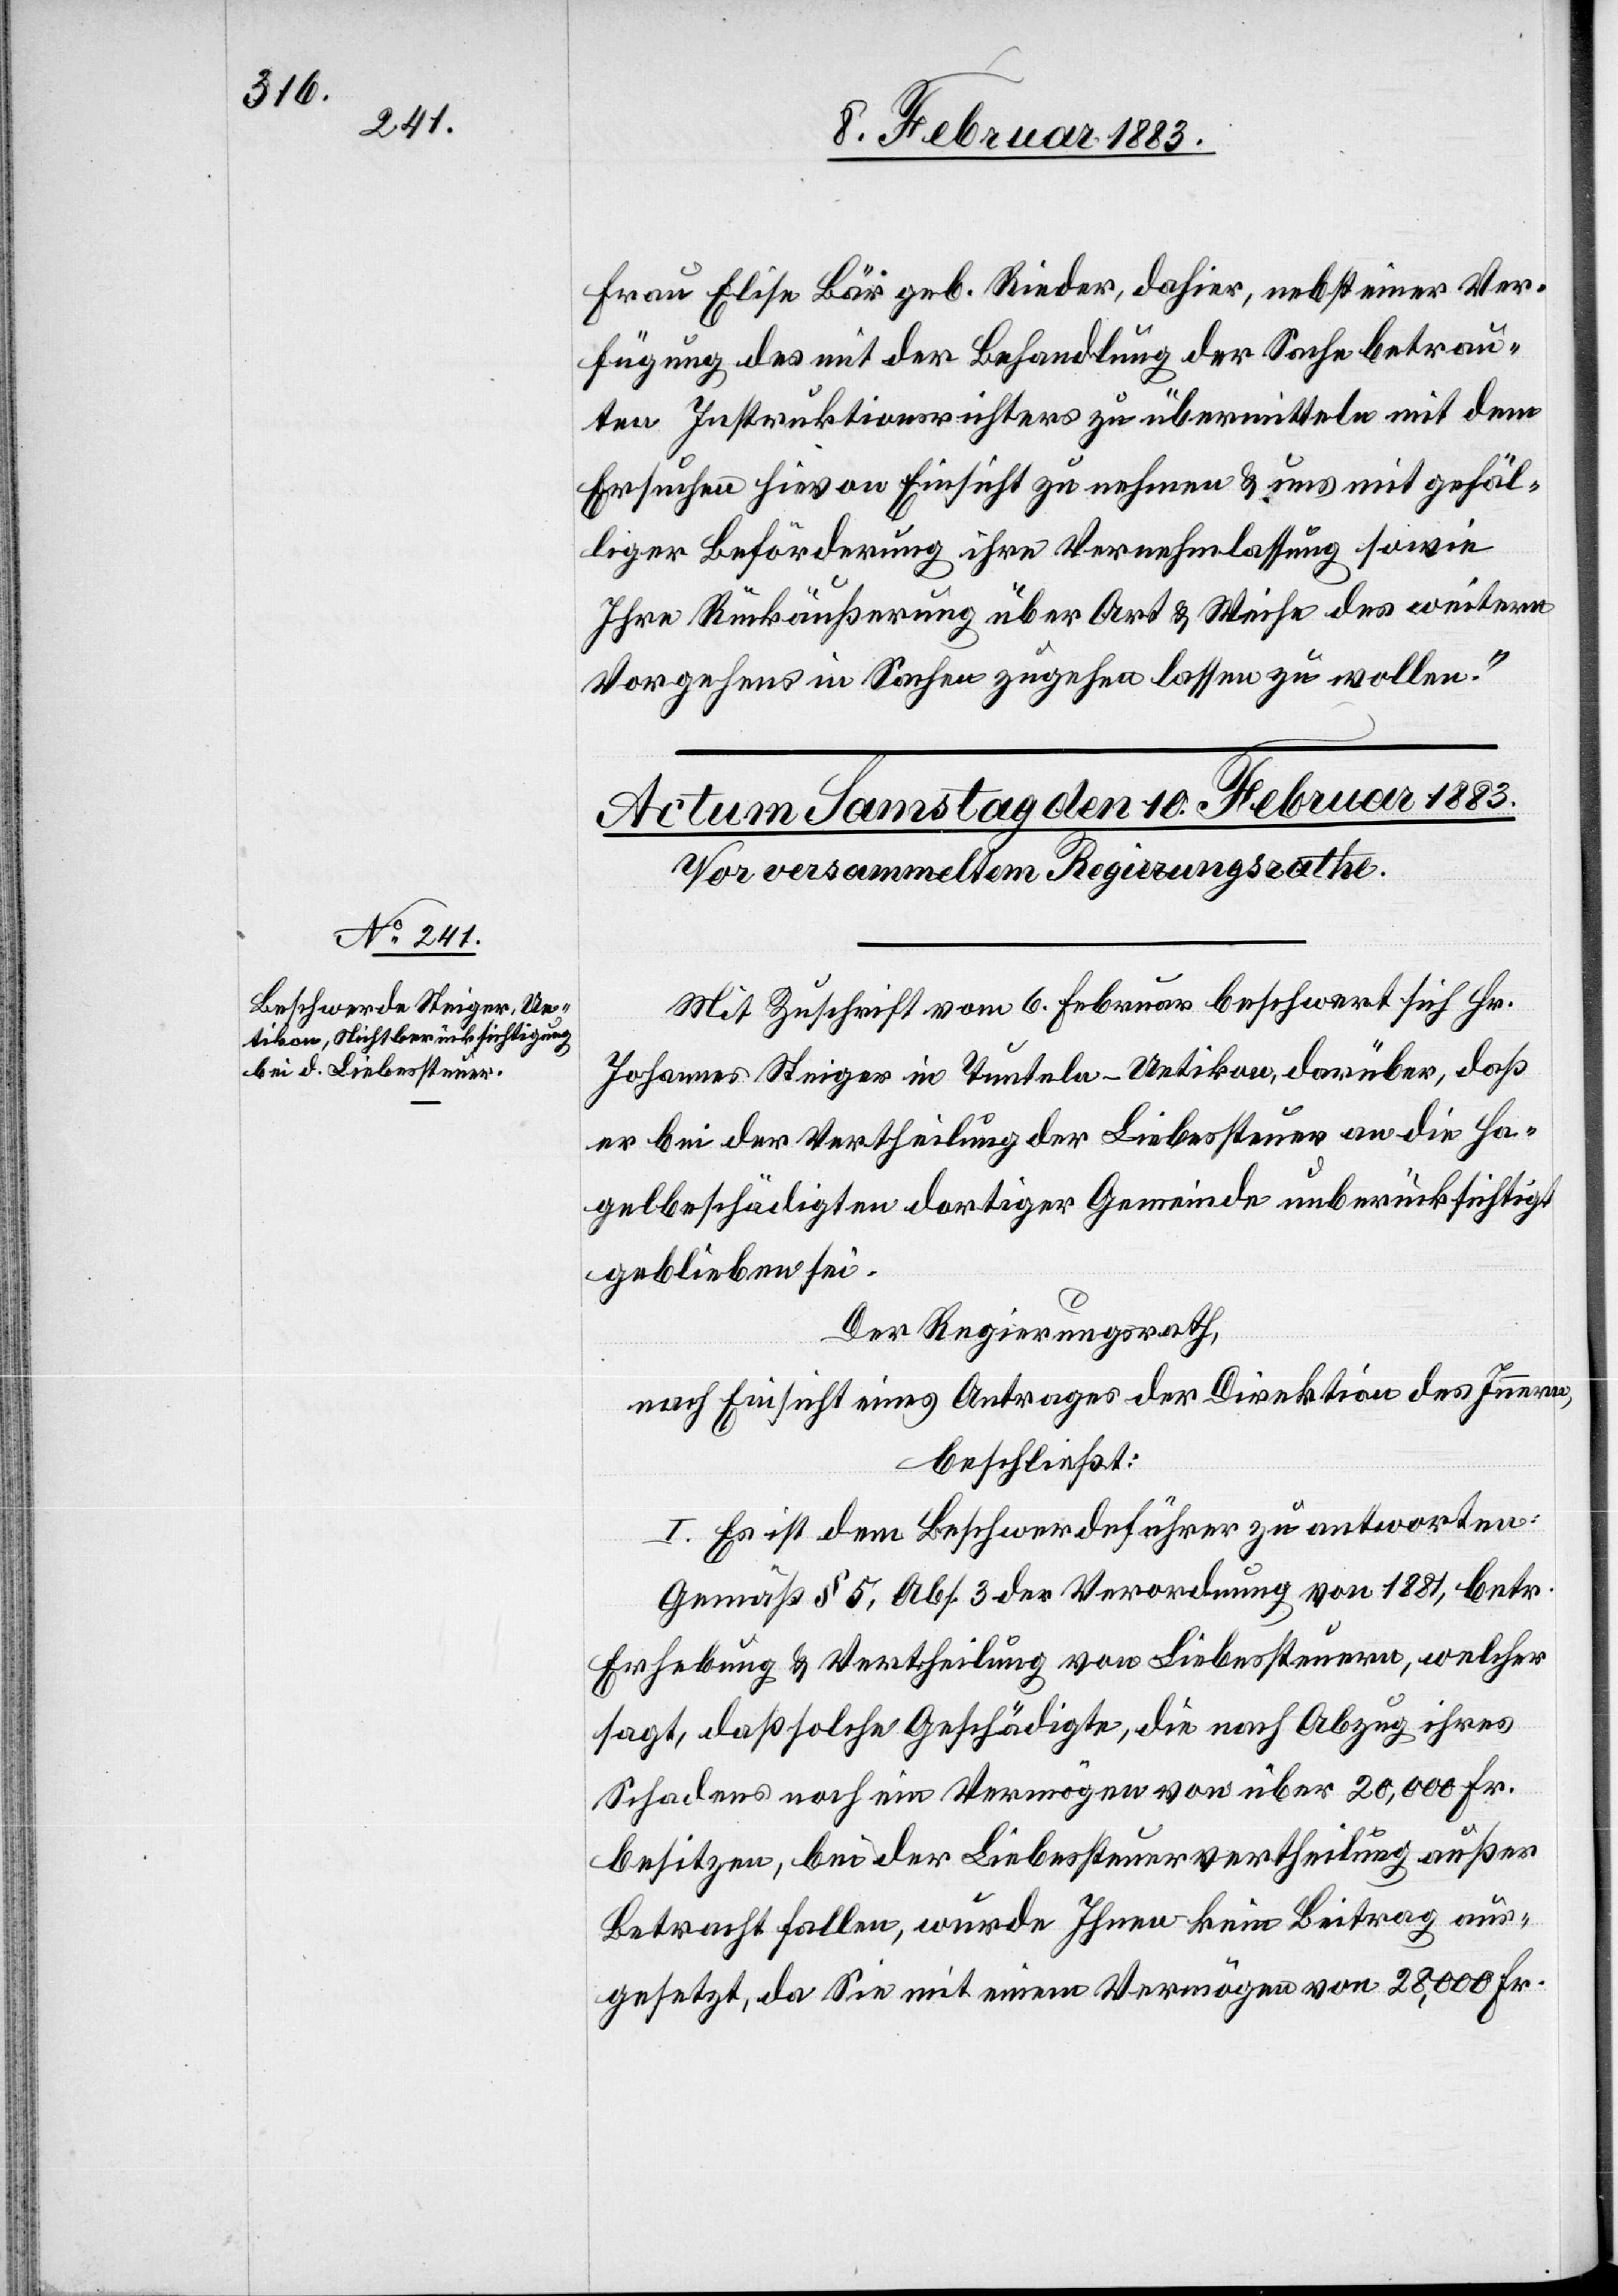
Frau Elise Bär geb. Rieder, dahier, nebst einer Ver¬
fügung des mit der Behandlung der Sache betrau¬
ten Instruktionsrichters zu übermitteln mit dem
Ersuchen hievon Einsicht zu nehmen & uns mit gefäl¬
liger Beförderung ihre Vernehmlassung sowie
Ihre Rückäußerung über Art & Weise des weitern
Vorgehens in Sachen zugehen lassen zu wollen.“
Mit Zuschrift vom 6. Februar beschwert sich Hr.
Johannes Steiger in Tunteln - Uetikon, darüber, daß
er bei der Vertheilung der Liebessteuer an die Ha¬
gelbeschädigten dortiger Gemeinde unberücksichtigt
geblieben sei.
Der Regierungsrath,
nach Einsicht eines Antrages der Direktion des Innern,
beschließt:
I. Es ist dem Beschwerdeführer zu antworten:
Gemäß § 5, Abs. 3 der Verordnung von 1881, betr.
Erhebung & Vertheilung von Liebessteuern, welcher
sagt, daß solche Geschädigte, die nach Abzug ihres
Schadens noch ein Vermögen von über 20,000 Fr.
besitzen, bei der Liebessteuervertheilung außer
Betracht fallen, wurde Ihnen kein Beitrag aus¬
gesetzt, da Sie mit einem Vermögen von 28,000 Fr.